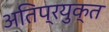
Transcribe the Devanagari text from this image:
अतिप्रयुक्त